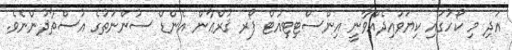
އަދި މި ކޯހުގައި ކިޔަވައިދެއްވާނީ އިންސްޓިޓިއުޓް ފޯރ ޤުރްޢާން އެންޑް ސުންނަތުގެ އުސްތާޛުންނެވެ.